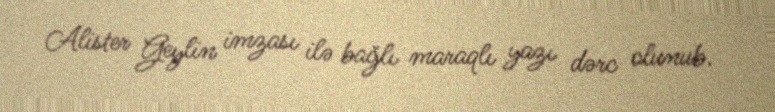
Alister Geylin imzası ilə bağlı maraqlı yazı dərc olunub.